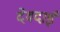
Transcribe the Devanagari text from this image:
देवदाई